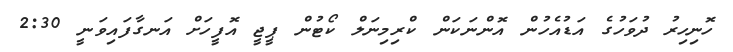
ހޮނިހިރު ދުވަހުގެ އަޑުއެހުން އޮންނަކަން ކްރިމިނަލް ކޯޓުން ޕީޖީ އޮފީހަށް އަނގާފައިވަނީ 2:30